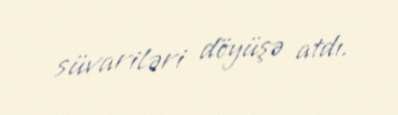
süvariləri döyüşə atdı.